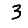
Digit: 3